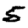
Digit: 5